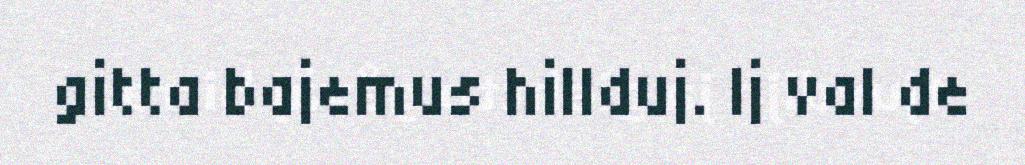
gitta bajemus hillduj. Ij val de